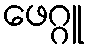
ဖေဂ္ဂူ